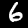
Digit: 6